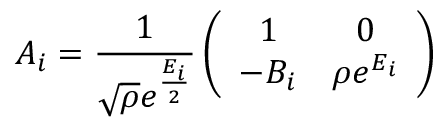
A _ { i } = { \frac { 1 } { \sqrt { \rho } e ^ { \frac { E _ { i } } { 2 } } } } \left( \begin{array} { c c } { { 1 } } & { { 0 } } \\ { { - B _ { i } } } & { { \rho e ^ { E _ { i } } } } \end{array} \right)